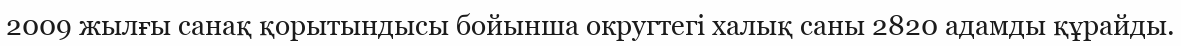
2009 жылғы санақ қорытындысы бойынша округтегі халық саны 2820 адамды құрайды.